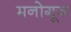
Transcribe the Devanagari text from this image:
मनोगूज